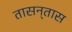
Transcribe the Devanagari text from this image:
तासन्‌तास